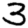
Digit: 3